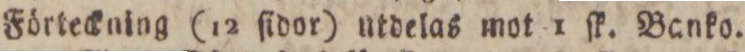
Förteckning (12 ſidor) utdelas mot 1 ſk. Banko.